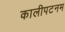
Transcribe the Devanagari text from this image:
कालीपटनम